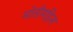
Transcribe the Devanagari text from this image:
मोतीमहिल